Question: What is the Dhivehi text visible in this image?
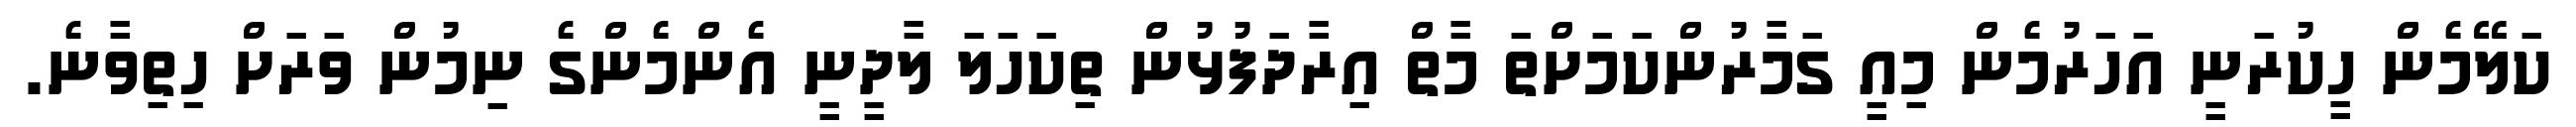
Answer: ކަލޭމެން ހީކުރަނީ އަހަރުމެން މިއީ ގަމާރުންކަމަށްތަ މާތް އިރާދަފުޅުން ތިކަހަލަ ލާދީނީ އެންމެންގެ ނިމުން ވަރަށް ހިތިވާނެ.